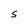
Character: S